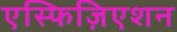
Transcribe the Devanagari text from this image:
एस्फिज़िएशन